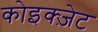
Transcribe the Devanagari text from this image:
कोइक्ज़ेट